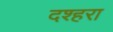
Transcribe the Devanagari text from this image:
दश्हरा